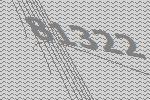
81322